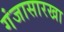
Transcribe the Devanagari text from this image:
गंजासारखा